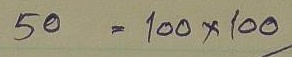
50 = 100 x 100